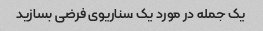
یک جمله در مورد یک سناریوی فرضی بسازید